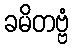
ခမိတဗ္ဗံ